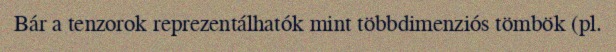
Bár a tenzorok reprezentálhatók mint többdimenziós tömbök (pl.